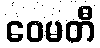
ဝေမတီ